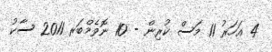
4 އަހަރު 11 މަސް ކުރިން - 10 ނޮވެމްބަރ 2011 ސާކު